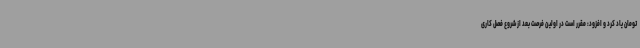
تومان یاد کرد و افزود: مقرر است در اولین فرصت بعد از شروع فصل کاری